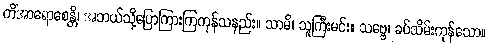
ကိံအာရောစေန္တိ၊ အဘယ်သို့ပြောကြားကြကုန်သနည်း။ သာမိ၊ သူကြီးမင်း။ သဗ္ဗေ၊ ခပ်သိမ်းကုန်သော။